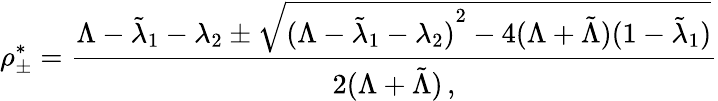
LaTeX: \rho_{\pm}^{*}=\frac{\Lambda-\tilde{\lambda}_{1}-\lambda_{2}\pm\sqrt{{(\Lambda-\tilde{\lambda}_{1}-\lambda_{2})}^{2}-4(\Lambda+\tilde{\Lambda})(1-\tilde{\lambda}_{1})}}{2(\Lambda+\tilde{\Lambda})\, ,}